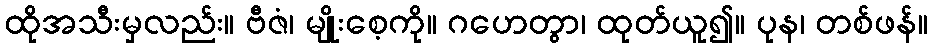
ထိုအသီးမှလည်း။ ဗီဇံ၊ မျိုးစေ့ကို။ ဂဟေတွာ၊ ထုတ်ယူ၍။ ပုန၊ တစ်ဖန်။